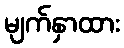
မျက်နှာထား